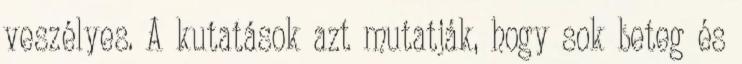
veszélyes. A kutatások azt mutatják, hogy sok beteg és